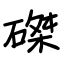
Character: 磔